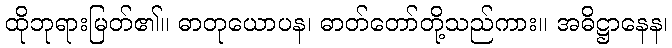
ထိုဘုရားမြတ်၏။ ဓာတုယောပန၊ ဓာတ်တော်တို့သည်ကား။ အဓိဋ္ဌာနေန၊